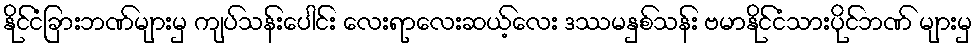
နိုင်ငံခြားဘဏ်များမှ ကျပ်သန်းပေါင်း လေးရာလေးဆယ့်လေး ဒဿမနှစ်သန်း ဗမာနိုင်ငံသားပိုင်ဘဏ် များမှ